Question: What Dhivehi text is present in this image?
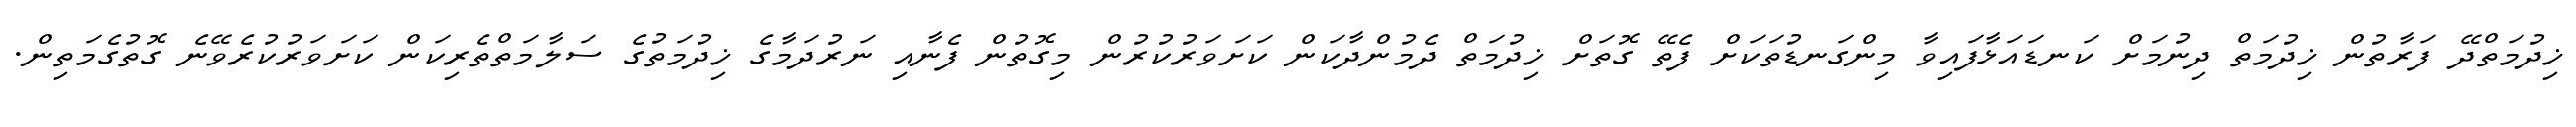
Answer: ޚިދުމަތްދޭ ފަރާތުން ޚިދުމަތް ދިނުމަށް ކަނޑައަޅާފައިވާ މިންގަނޑުތަކަށް ފެތޭ ގޮތަށް ޚިދުމަތް ދެމުންދާކަން ކަށަވަރުކުރުން މިގޮތުން ފެނާއި ނަރުދަމާގެ ޚިދުމަތުގެ ސަލާމަތްތެރިކަން ކަށަވަރުކުރެވޭނެ ގޮތުގެމަތިން.